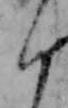
く